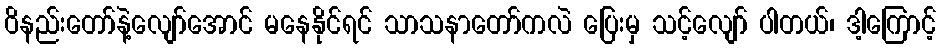
ဝိနည်းတော်နဲ့လျော်အောင် မနေနိုင်ရင် သာသနာတော်ကလဲ ပြေးမှ သင့်လျော် ပါတယ်၊ ဒါ့ကြောင့်